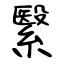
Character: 繄